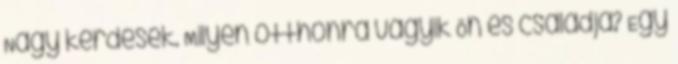
Nagy kérdések. Milyen otthonra vágyik Ön és családja? Egy